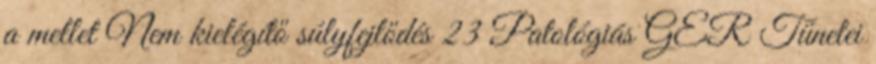
a mellet Nem kielégítő súlyfejlődés 23 Patológiás GER Tünetei